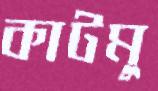
কাটমু